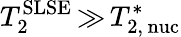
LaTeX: T_{2}^{\mathrm{SLSE}}\, {\gg}\, T_{\mathrm{2,\, nuc}}^{\ast}